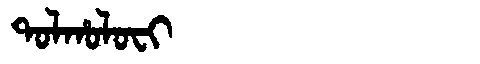
Manchu: ᡨᠣᠯᡥᠣᠯᠣᠸᡳ
Romanization: TOLHOLOFI